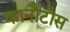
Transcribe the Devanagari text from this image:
कानौटोस